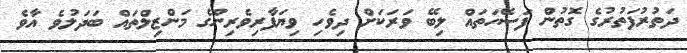
ދަތުރުފަތުރުގެ ގޮތުން ފަސޭހަތައް ލިބޭ ވަރަކަށް ދިވެހި ވިޔަފާރިވެރިންގެ މަންޒިލްތައް ބަދަލުވެ އާވެ